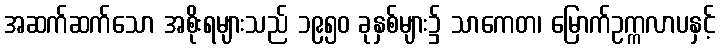
အဆက်ဆက်သော အစိုးရများသည် ၁၉၅၀ ခုနှစ်များ၌ သာကေတ၊ မြောက်ဥက္ကလာပနှင့်